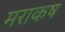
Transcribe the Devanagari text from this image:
मराकष